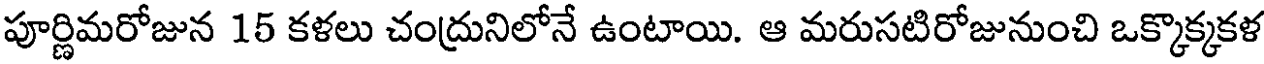
పూర్ణిమరోజున 15 కళలు చంద్రునిలోనే ఉంటాయి. ఆ మరుసటిరోజునుంచి ఒక్కొక్కకళ